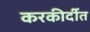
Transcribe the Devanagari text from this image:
करकीर्दीत